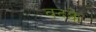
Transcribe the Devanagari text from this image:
वदक्के